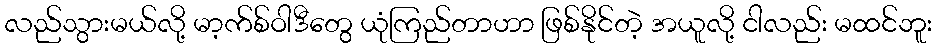
လည်သွားမယ်လို့ မာ့က်စ်ဝါဒီတွေ ယုံကြည်တာဟာ ဖြစ်နိုင်တဲ့ အယူလို့ ငါလည်း မထင်ဘူး